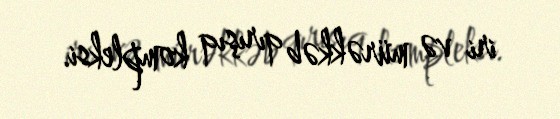
iri və mürəkkəb qırışıq kompleksi.